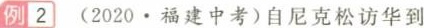
例|2 (2020 · 福建中考)自尼克松访华到